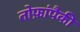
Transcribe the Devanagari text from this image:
तोफ़ांपैकी